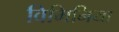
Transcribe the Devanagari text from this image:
विमिनिया